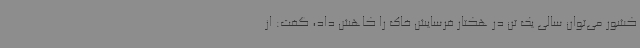
کشور می‌توان سالی یک تن در هکتار فرسایش خاک را کاهش داد، گفت: از